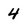
Character: 4